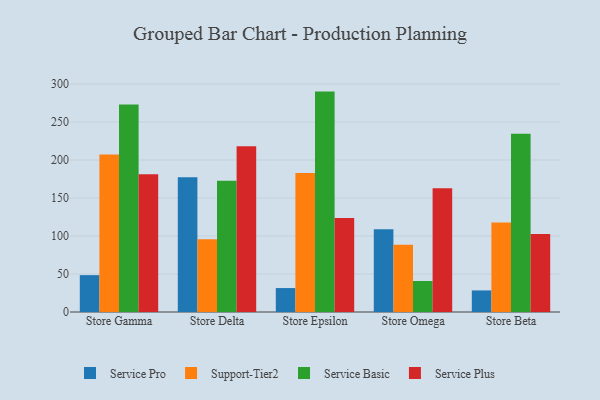
{"axis": {"x": "Store", "y": "Revenue (USD Million)"}, "legend": ["Service Basic", "Service Plus", "Service Pro", "Support-Tier2"], "data": [{"x": "Store Gamma", "y": 48.5, "type": "Service Pro"}, {"x": "Store Gamma", "y": 207.3, "type": "Support-Tier2"}, {"x": "Store Gamma", "y": 273.0, "type": "Service Basic"}, {"x": "Store Gamma", "y": 181.1, "type": "Service Plus"}, {"x": "Store Delta", "y": 177.4, "type": "Service Pro"}, {"x": "Store Delta", "y": 95.6, "type": "Support-Tier2"}, {"x": "Store Delta", "y": 172.6, "type": "Service Basic"}, {"x": "Store Delta", "y": 218.0, "type": "Service Plus"}, {"x": "Store Epsilon", "y": 31.5, "type": "Service Pro"}, {"x": "Store Epsilon", "y": 182.9, "type": "Support-Tier2"}, {"x": "Store Epsilon", "y": 290.0, "type": "Service Basic"}, {"x": "Store Epsilon", "y": 123.7, "type": "Service Plus"}, {"x": "Store Omega", "y": 108.8, "type": "Service Pro"}, {"x": "Store Omega", "y": 88.4, "type": "Support-Tier2"}, {"x": "Store Omega", "y": 40.8, "type": "Service Basic"}, {"x": "Store Omega", "y": 162.8, "type": "Service Plus"}, {"x": "Store Beta", "y": 28.4, "type": "Service Pro"}, {"x": "Store Beta", "y": 117.9, "type": "Support-Tier2"}, {"x": "Store Beta", "y": 234.4, "type": "Service Basic"}, {"x": "Store Beta", "y": 102.7, "type": "Service Plus"}]}